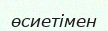
өсиетімен